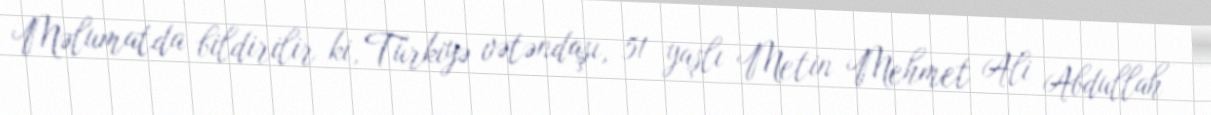
Məlumatda bildirilir ki, Türkiyə vətəndaşı, 51 yaşlı Metin Mehmet Ali Abdullah